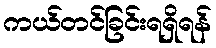
ကယ်တင်ခြင်းရရှိရန်